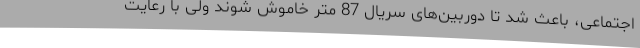
اجتماعی، باعث شد تا دوربین‌های سریال 87 متر خاموش شوند ولی با رعایت